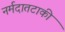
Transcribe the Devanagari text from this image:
नर्मदातटाकी